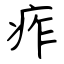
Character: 痄